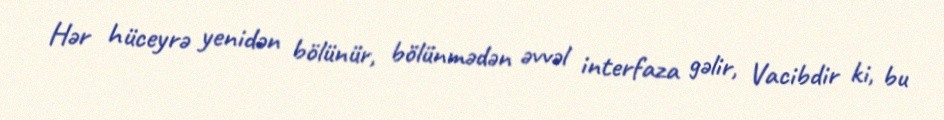
Hər hüceyrə yenidən bölünür, bölünmədən əvvəl interfaza gəlir, Vacibdir ki, bu